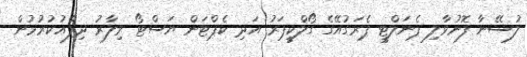
ލުސޭނާ ފޮނުވާލި ޕެނަލްޓީ ޕެރަގުއޭގެ ގޯލްކީޕަރު އަދި ކެޕްޓަން ޔަސްޓޯ ވިލާރު ދިފާއުކުރުމުން